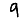
Digit: 9